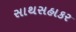
સાથસહાકર